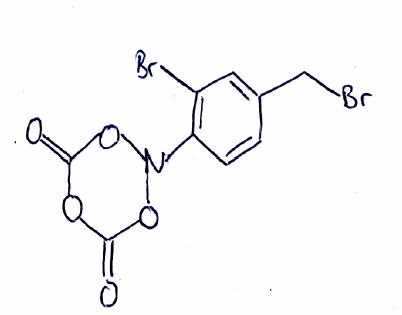
Simplified molecular-input line-entry system (SMILES) notation of the given molecule:
C1=CC(=C(C=C1CBr)Br)N2OC(=O)OC(=O)O2